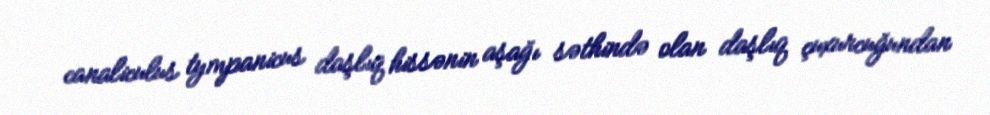
canaliculus tympanicus daşlıq hissənin aşağı səthində olan daşlıq çuxurcuğundan